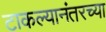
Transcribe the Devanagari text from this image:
टाकल्यानंतरच्या